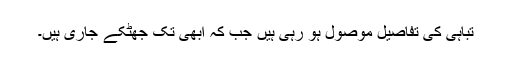
تباہی کی تفاصیل موصول ہو رہی ہیں جب کہ ابھی تک جھٹکے جاری ہیں۔